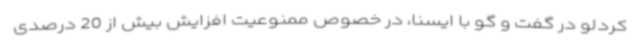
کردلو در گفت و گو با ایسنا، در خصوص ممنوعیت افزایش بیش از 20 درصدی